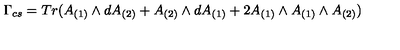
\Gamma _ { c s } = T r ( A _ { ( 1 ) } \wedge d A _ { ( 2 ) } + A _ { ( 2 ) } \wedge d A _ { ( 1 ) } + 2 A _ { ( 1 ) } \wedge A _ { ( 1 ) } \wedge A _ { ( 2 ) } )